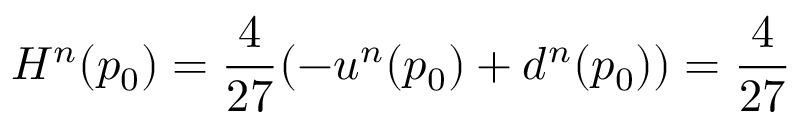
H ^ { n } ( p _ { 0 } ) = \frac { 4 } { 2 7 } ( - u ^ { n } ( p _ { 0 } ) + d ^ { n } ( p _ { 0 } ) ) = \frac { 4 } { 2 7 }